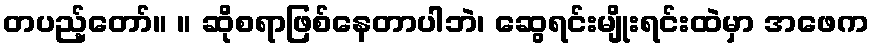
တပည့်တော်။ ။ ဆိုစရာဖြစ်နေတာပါဘဲ၊ ဆွေရင်းမျိုးရင်းထဲမှာ အဖေက